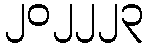
၂၀၂၂၂၃